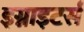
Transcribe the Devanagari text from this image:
इग्नाइटर्स